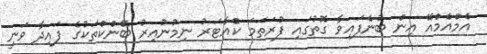
އެމްއެމްއޭ އިން ބުނެފައިވާ ގޮތުގައި ފުރަތަމަ ކްއާޓަރު ނިމުނުއިރު ބޭންކްތަކުގެ ފައިދާ ވަނީ